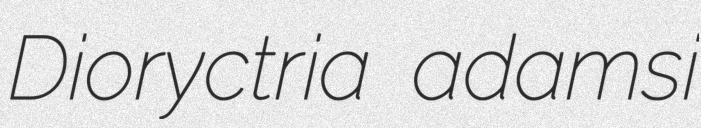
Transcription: Dioryctria adamsi